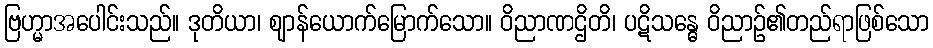
ဗြဟ္မာအပေါင်းသည်။ ဒုတိယာ၊ ဈာန်ယောက်မြောက်သော။ ဝိညာဏဌိတိ၊ ပဋိသန္ဓေ ဝိညာဉ်၏တည်ရာဖြစ်သော